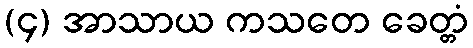
(၄) အာသာယ ကသတေ ခေတ္တံ